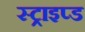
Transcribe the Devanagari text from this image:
स्ट्राइप्ड